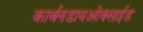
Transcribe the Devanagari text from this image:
कार्बनडायओक्साईड